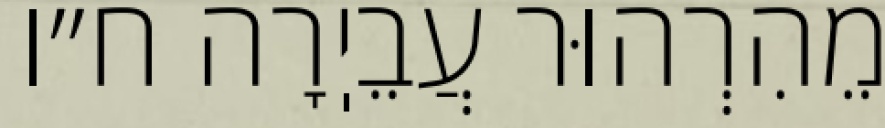
מֵהִרְהוּר עֲבֵיֽרָה ח״ו